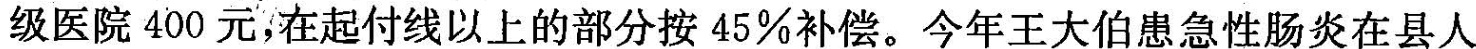
级医院400元，在起付线以上的部分按45\%补偿。今年王大伯患急性肠炎在县人